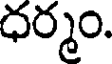
ధర్మం.